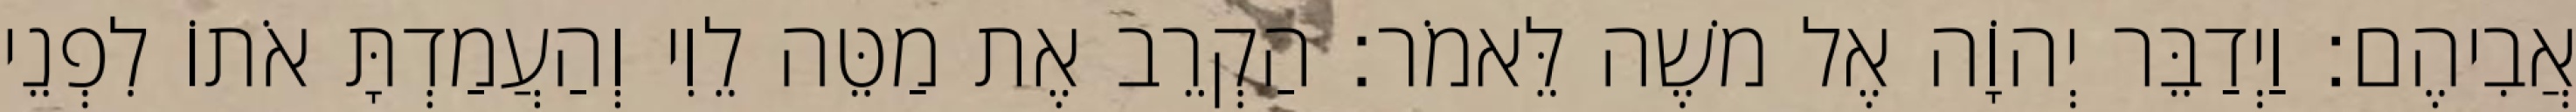
אֲבִיהֶם׃ וַיְדַבֵּר יְהוָֹה אֶל משֶׁה לֵּאמֹר׃ הַקְרֵב אֶת מַטֵּה לֵוִי וְהַעֲמַדְתָּ אֹתוֹ לִפְנֵי